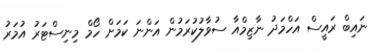
ނައިބް ރައީސް އަހްމަދު ނާޒިމްއާ ސުވާލުކުރަމުން އަންނަ ކަމަށް ހޯމް މިނިސްޓަރު އުމަރު